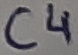
Text: C4